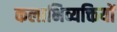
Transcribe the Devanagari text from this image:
कलाभिव्यक्तियों